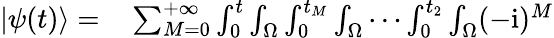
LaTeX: \begin{array}{rl}{|\psi(t)\rangle=}&{{}\sum_{M=0}^{+\infty}\int_{0}^{t}\int_{\Omega}\int_{0}^{t_{M}}\int_{\Omega}\cdots\int_{0}^{t_{2}}\int_{\Omega}(-\mathrm{i})^{M}}\end{array}